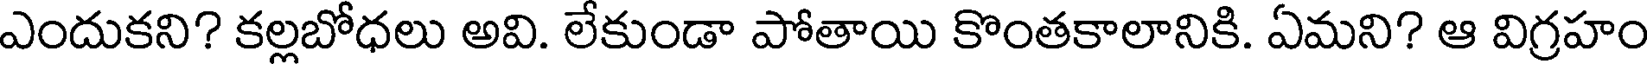
ఎందుకని? కల్లబోధలు అవి. లేకుండా పోతాయి కొంతకాలానికి. ఏమని? ఆ విగ్రహం